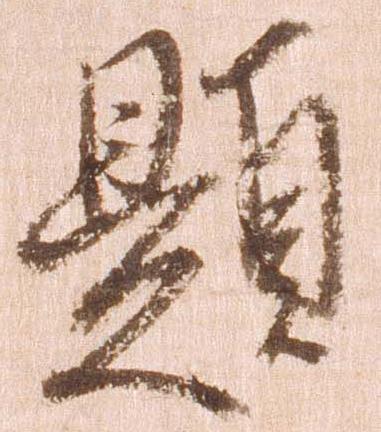
題